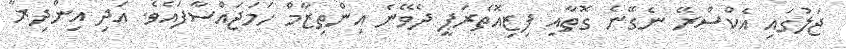
ޖަލުގައި އެކްސްރޭ ނެގޭނެ ގޮތާއި ފިޒިއޮތެރަޕީ ދެވޭނެ އިންތިޒާމް ހަމަޖައްސާފައެވެ. އަދި އިންދިރާ